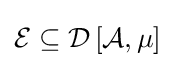
{\mathcal {E}}\subseteq {\mathcal {D}}\left[{\mathcal {A}},\mu \right]